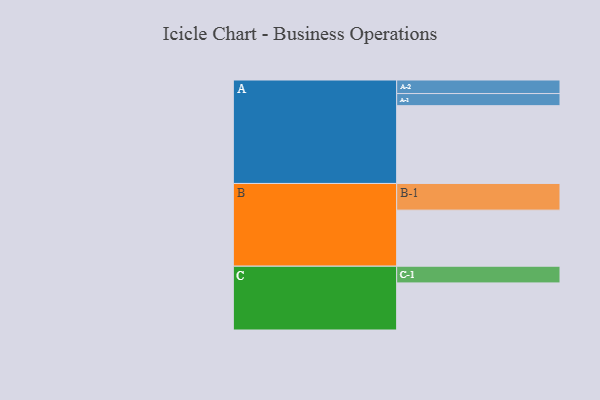
{"axis": {"x": "Segment", "y": "Value"}, "legend": ["", "A", "B", "C"], "data": [{"x": "A", "y": 545, "type": ""}, {"x": "B", "y": 393, "type": ""}, {"x": "C", "y": 330, "type": ""}, {"x": "A-1", "y": 85, "type": "A"}, {"x": "A-2", "y": 95, "type": "A"}, {"x": "B-1", "y": 187, "type": "B"}, {"x": "C-1", "y": 117, "type": "C"}]}